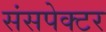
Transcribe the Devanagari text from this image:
संसपेक्टर